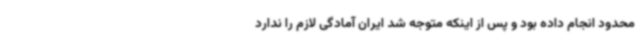
محدود انجام داده بود و پس از اینکه متوجه شد ایران آمادگی لازم را ندارد